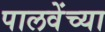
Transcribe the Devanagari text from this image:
पालवेंच्या